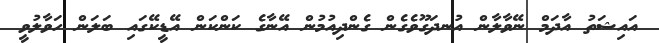
އައިޝަތު އާދަމް ނޭވާލާން އުނދަގޫވެގެން ގެންދިއުމުން އޭނާގެ ކަންކަން އޭޑީކޭގައި ބަލަން ހަވާލުވީ